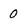
Character: 0